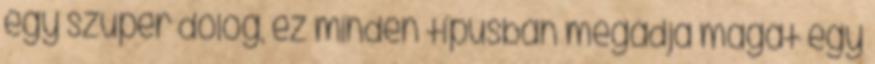
egy szuper dolog, ez minden típusban megadja magát egy